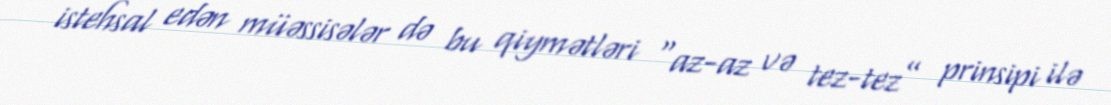
istehsal edən müəssisələr də bu qiymətləri “az-az və tez-tez” prinsipi ilə